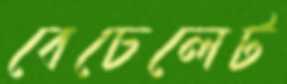
বেচেলেট